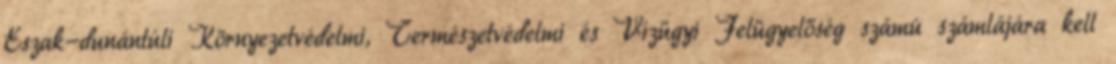
Észak-dunántúli Környezetvédelmi, Természetvédelmi és Vízügyi Felügyelőség számú számlájára kell